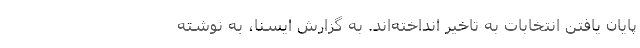
پایان یافتن انتخابات به تاخیر انداخته‌اند. به گزارش ایسنا، به نوشته